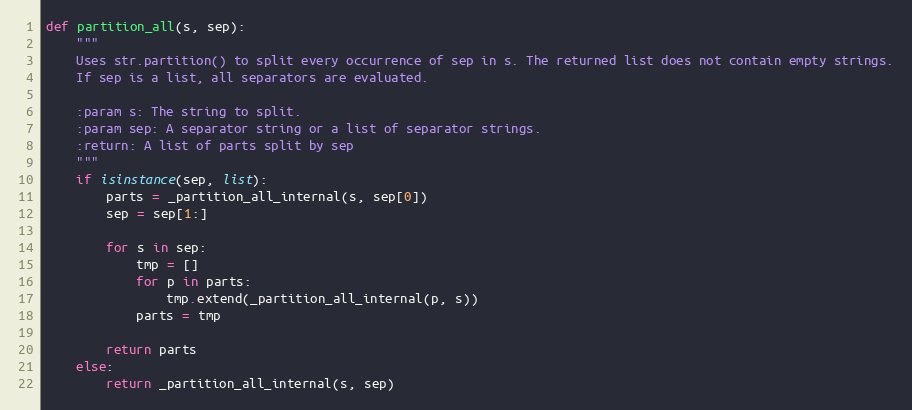
Language: Python
def partition_all(s, sep):
    """
    Uses str.partition() to split every occurrence of sep in s. The returned list does not contain empty strings.
    If sep is a list, all separators are evaluated.

    :param s: The string to split.
    :param sep: A separator string or a list of separator strings.
    :return: A list of parts split by sep
    """
    if isinstance(sep, list):
        parts = _partition_all_internal(s, sep[0])
        sep = sep[1:]

        for s in sep:
            tmp = []
            for p in parts:
                tmp.extend(_partition_all_internal(p, s))
            parts = tmp

        return parts
    else:
        return _partition_all_internal(s, sep)